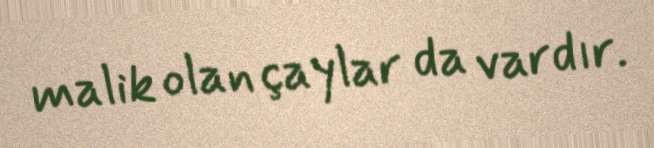
malik olan çaylar da vardır.